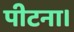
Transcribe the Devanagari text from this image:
पीटना।